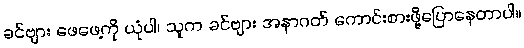
ခင်ဗျား ဖေဖေ့ကို ယုံပါ၊ သူက ခင်ဗျား အနာဂတ် ကောင်းစားဖို့ပြောနေတာပါ။